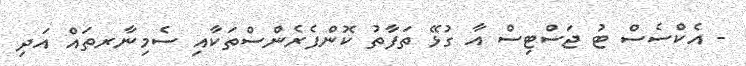
- އެކްސެސް ޓު ޖަސްޓިސް އާ ގުޅޭ ތަފާތު ކޮންފެރެންސްތަކާއި ސެމިނާރތައް އަދި